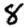
Digit: 8